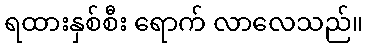
ရထားနှစ်စီး ရောက် လာလေသည်။